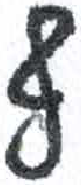
אות: ף